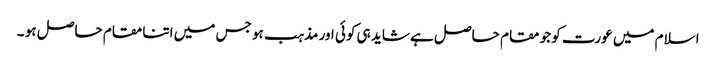
اسلام میں عورت کو جو مقام حاصل ہے شاید ہی کوئی اور مذہب ہو جس میں اتنا مقام حاصل ہو ۔